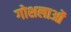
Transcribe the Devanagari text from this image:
गोशलाओं